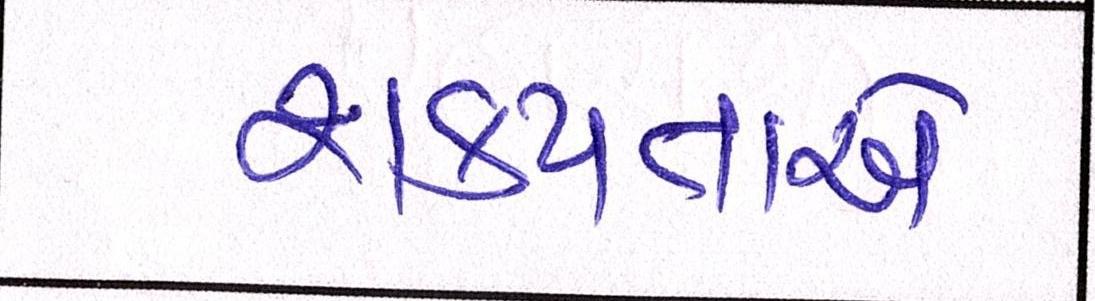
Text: શક્યતાએ